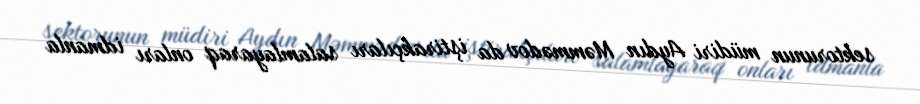
sektorunun müdiri Aydın Məmmədov da iştirakçıları salamlayaraq onları idmanla